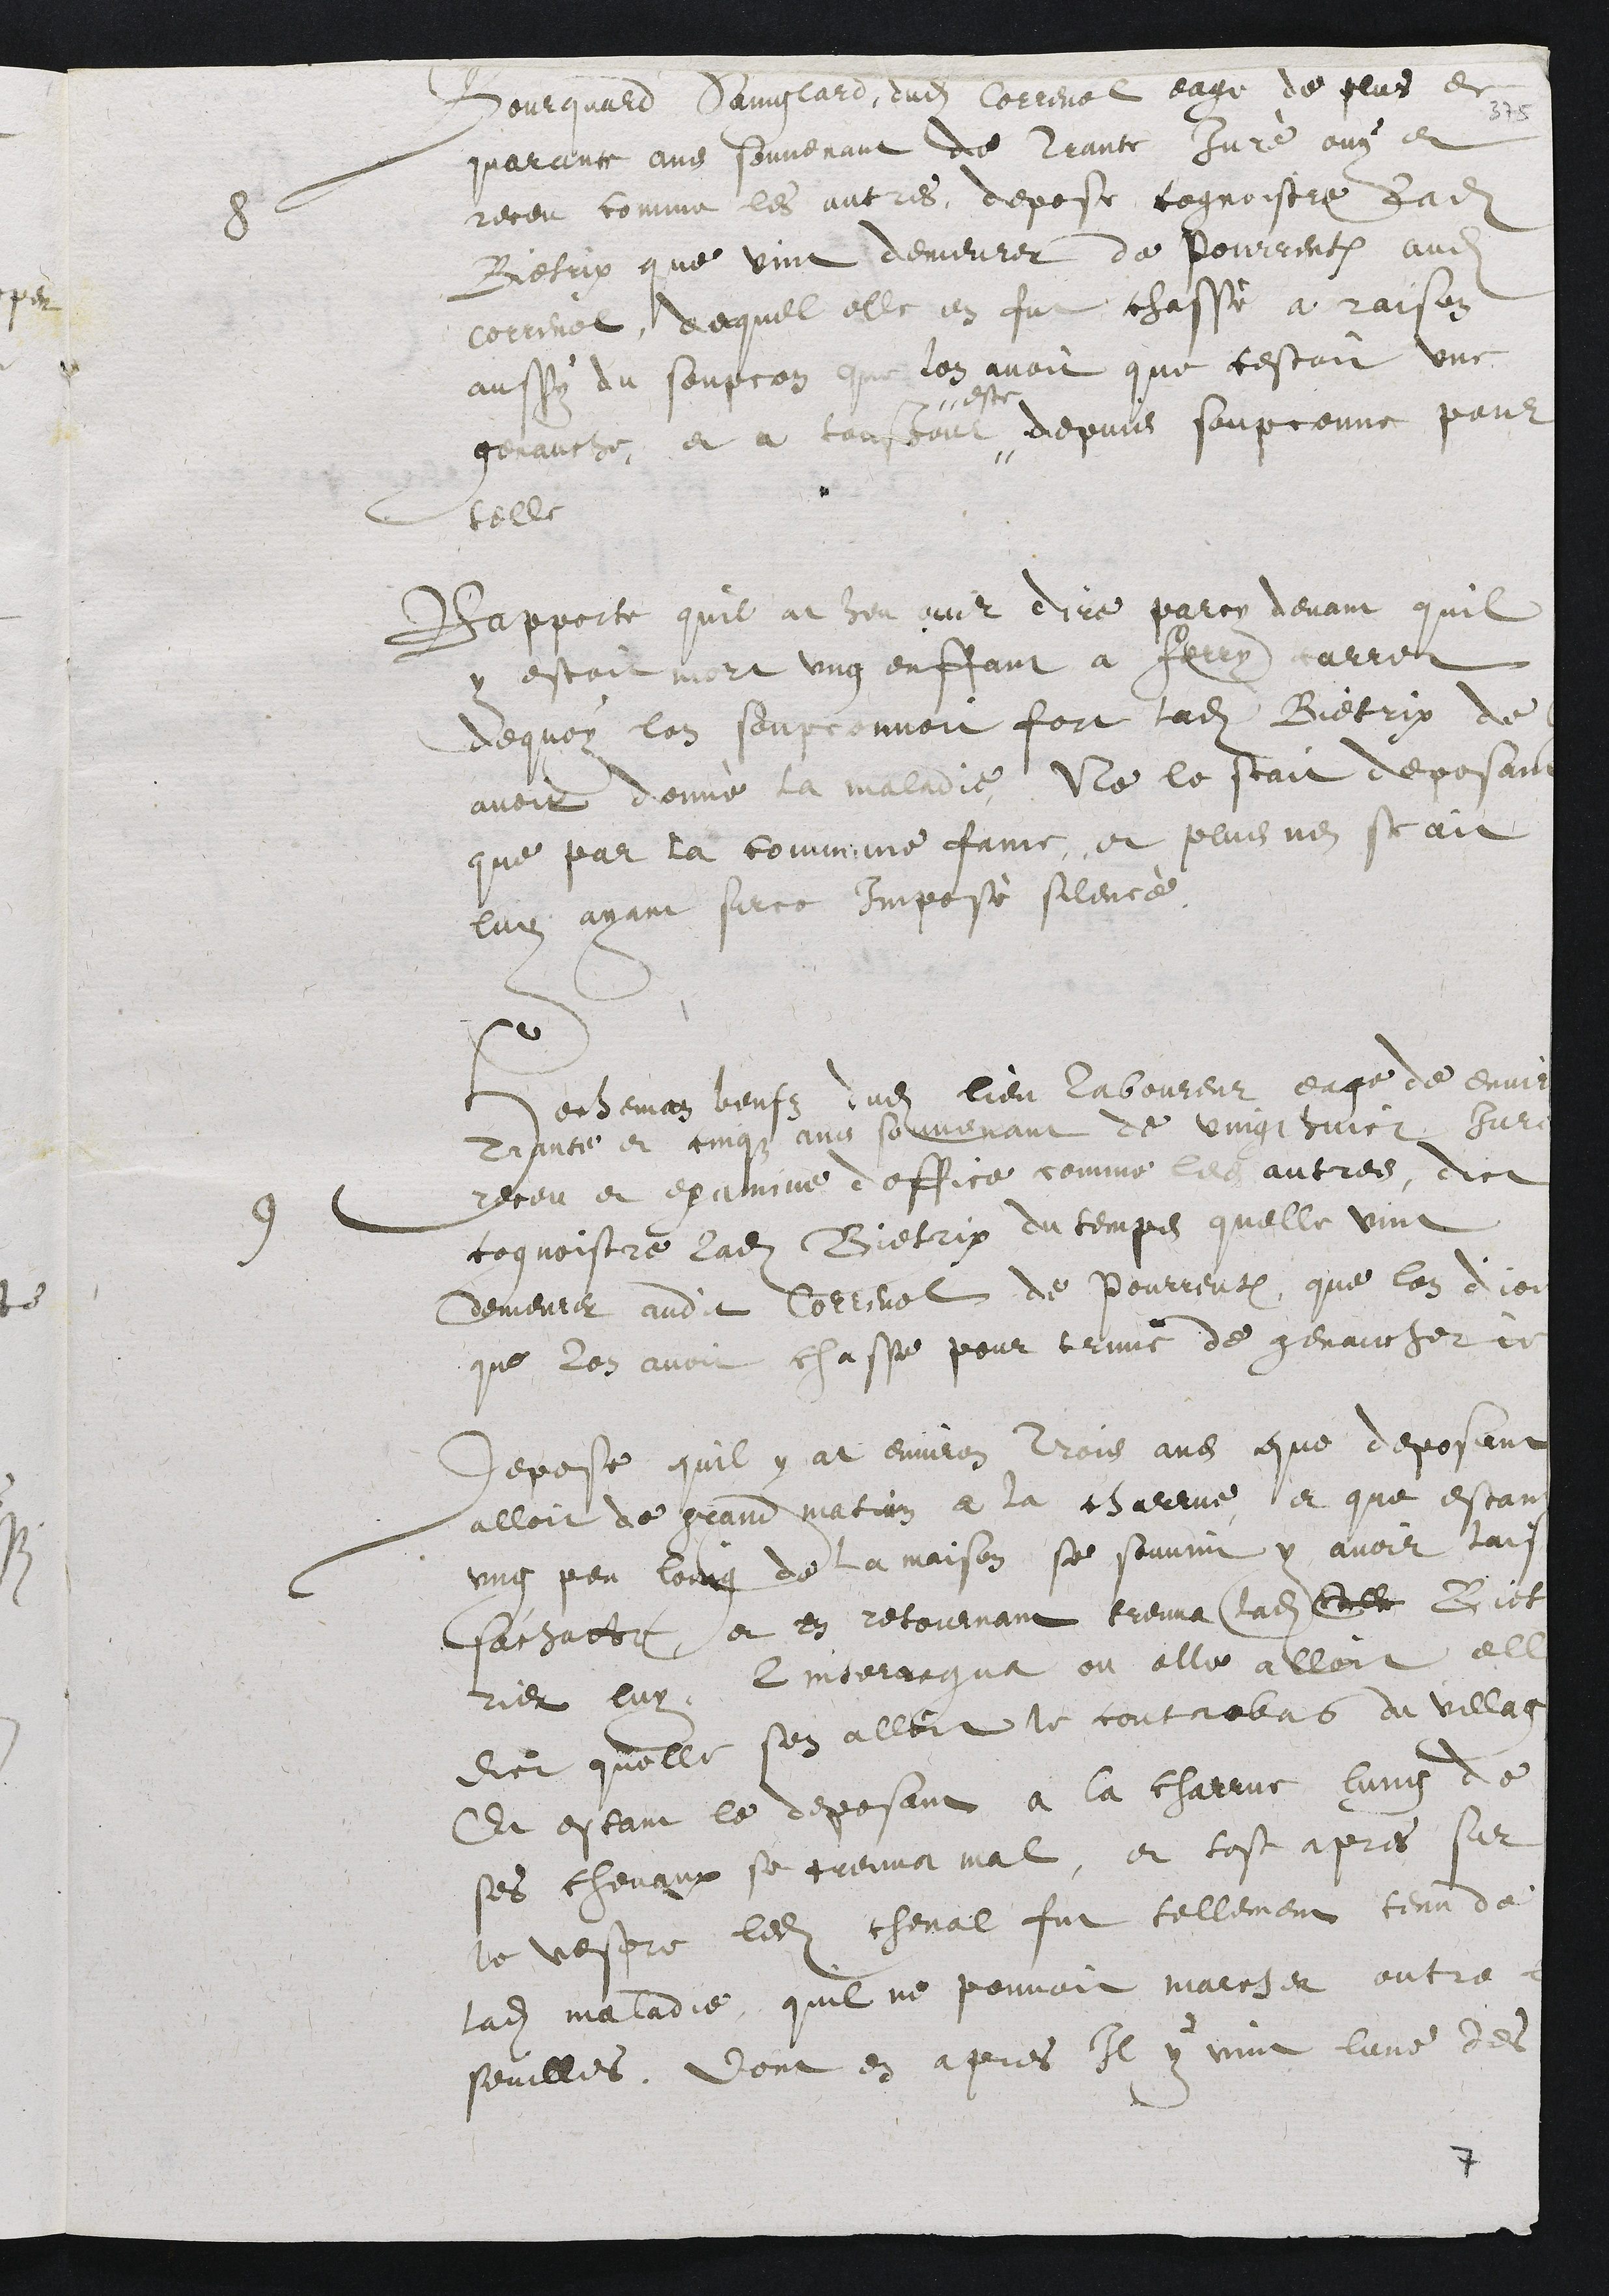
8 Bourquard Sainglard dudit Correnol eage de plus de
quarante ans souvenant de trante juré ouy et
receu comme les autres, depose cognoistre ladite
Bietrix que vint demeurer de Pourrentruy audit
correnol, ducquel elle en fut chassé a raison
aussy du soupcon que lon avoit que cestoit une
genauche, et a tousjour #
# este
depuis soupconne pour
telle
Rapporte quil at heu ouir dire parcy devant quil
y estoit mort ung enffant a Ferry carret
dequoy lon soupconnoit fort ladite Bietrix de
avoir donné la maladie, Ne le scait deposant
que par la commune fame, et plus nen scait
luy ayant surce imposé silence.
9 Hecheman beufz dudit lieu laboureur, eage de environ
Trante et cinqz ans souvenant de vingt huict Jure
receu et examine doffice comme les autres, dict
cognoistre ladite Bietrix du temps quelle vint
demeurer audit Correnol de Pourrentruy, que lon dict
que lon avoit chasse pour crime de genaucherie
Depose quil y at environ trois ans que deposant
alloit de grand matin a la charrue et que estant
ung peu loing de la maison se souvint y avoir laissé
sachatte, et en retournant treuva ladite Elle Biet
rix luy linterrogua ou elle alloit elle
dict quelle sen alloit le controbas du village
Et estant le deposant a la charrue lung de
ses chevaux se treuva mal, et tost apres sur
le vespre ledit cheval fut tellement tenu de
ladite maladie, quil ne pouvoit marcher outre le
seuilles. Dont en apres Il y vint lune des

7